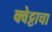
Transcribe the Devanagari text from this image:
क्वेट्टाचा